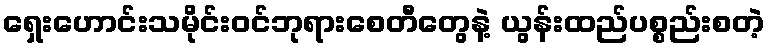
ရှေးဟောင်းသမိုင်းဝင်ဘုရားစေတီတွေနဲ့ ယွန်းထည်ပစ္စည်းစတဲ့